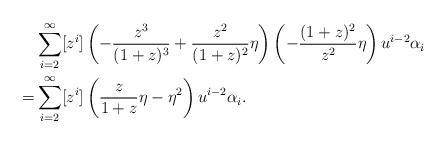
LaTeX: \begin{align*}&\sum_{i=2}^{\infty}[z^i]\left(-\frac{z^3}{(1+z)^3}+\frac{z^2}{(1+z)^2}\eta\right)\left(-\frac{(1+z)^2}{z^2}\eta\right)u^{i-2}\alpha_i\\=&\sum_{i=2}^{\infty}[z^i]\left(\frac{z}{1+z}\eta-\eta^2 \right)u^{i-2}\alpha_i.\end{align*}